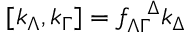
[ k _ { \Lambda } , k _ { \Gamma } ] = f _ { \Lambda \Gamma } ^ { \ \ \Delta } k _ { \Delta }